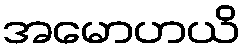
အမောဟယိ